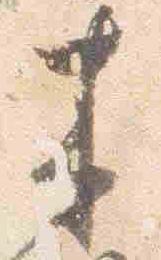
来